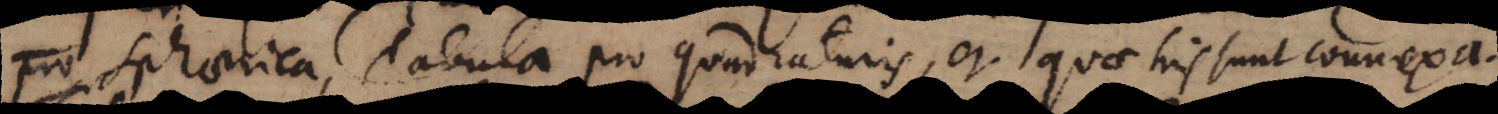
Sphaerica, Tabula pro quadraturis, et quae his sunt connexa.